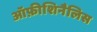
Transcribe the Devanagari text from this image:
ऑफ़ीशिनैलिस